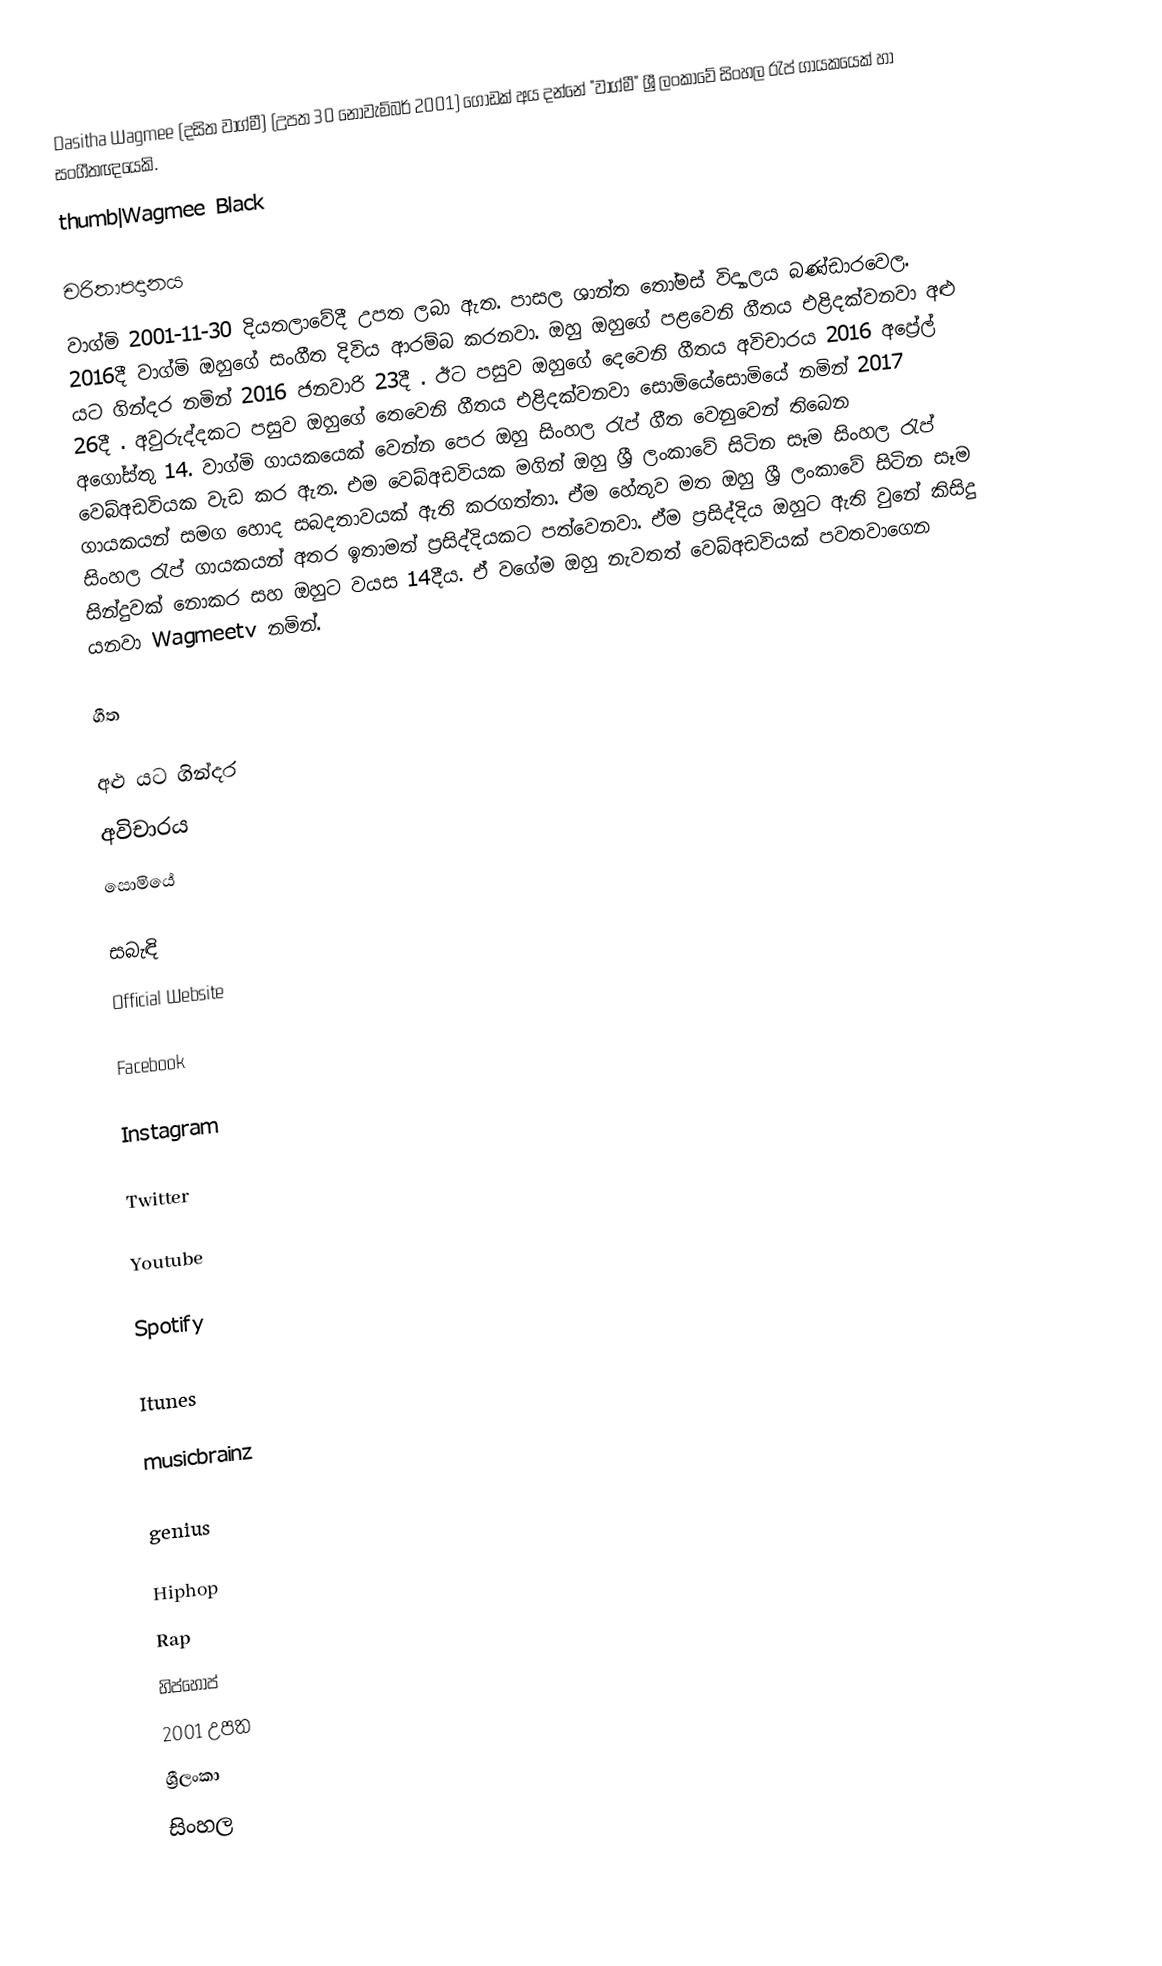
Dasitha Wagmee (දසිත වාග්මී) (උපත 30 නොවැම්බර්  2001) ගොඩක් අය දන්නේ  "වාග්මී" ශ්‍රී ලංකාවේ සිංහල රැප් ගායකයෙක් හා සංගීතඥයෙකි.
thumb|Wagmee Black

චරිතාපදානය
වාග්මි 2001-11-30 දියතලාවේදී උපත ලබා ඇත. පාසල ශාන්ත තෝමස් විද්‍යාලය බණ්ඩාරවෙල. 2016දී වාග්මි ඔහුගේ සංගීත දිවිය ආරම්බ කරනවා. ඔහු ඔහුගේ පළවෙනි ගීතය එළිදක්වනවා  අළු යට ගින්දර නමින් 2016 ජනවාරි 23දී . ඊට පසුව ඔහුගේ දෙවෙනි ගීතය අවිචාරය 2016 අප්‍රේල් 26දී . අවුරුද්දකට පසුව ඔහුගේ තෙවෙනි ගීතය එළිදක්වනවා සොමියේසොමියේ නමින් 2017 අගෝස්තු 14. වාග්මි ගායකයෙක් වෙන්න පෙර ඔහු සිංහල රැප් ගීත වෙනුවෙන් තිබෙන වෙබ්අඩවියක වැඩ කර ඇත. එම  වෙබ්අඩවියක මගින් ඔහු ශ්‍රී ලංකාවේ සිටින සෑම සිංහල රැප් ගායකයන් සමග හොද සබදතාවයක් ඇති කරගත්තා. ඒම හේතුව මත ඔහු  ශ්‍රී ලංකාවේ සිටින සෑම සිංහල රැප් ගායකයන් අතර ඉතාමත් ප්‍රසිද්දියකට පත්වෙනවා. ඒම ප්‍රසිද්දිය ඔහුට ඇති වුනේ කිසිදු සින්දුවක් නොකර සහ ඔහුට වයස 14දීය. ඒ වගේම ඔහු නැවතත්  වෙබ්අඩවියක් පවතවාගෙන යනවා Wagmeetv නමින්.

ගීත

 අළු යට ගින්දර
 අවිචාරය
 සොමියේ

සබැඳි
Official Website

Facebook

Instagram

Twitter

Youtube

Spotify

Itunes

musicbrainz

genius

Hiphop
Rap
හිප්හොප්
2001 උපත
ශ්‍රීලංකා
සිංහල